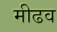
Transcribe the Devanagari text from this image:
मीढव